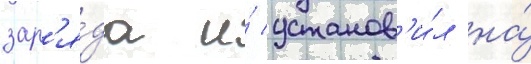
зар'я́да и́ установ'и́л на́